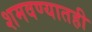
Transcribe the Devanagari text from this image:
शमवण्यातही